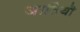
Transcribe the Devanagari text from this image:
जातियॊ